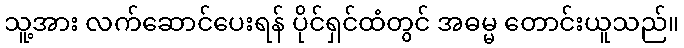
သူ့အား လက်ဆောင်ပေးရန် ပိုင်ရှင်ထံတွင် အဓမ္မ တောင်းယူသည်။